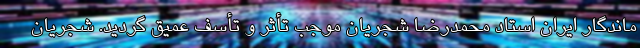
ماندگار ایران استاد محمدرضا شجریان موجب تأثر و تأسف عمیق گردید. شجریان